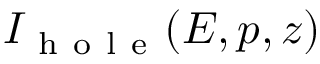
I _ { \mathrm { ~ h ~ o ~ l ~ e ~ } } ( E , p , z )